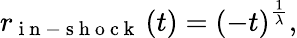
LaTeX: r_{\mathrm{~i~n~-~s~h~o~c~k~}}\left(t\right)=\left(-t\right)^{\frac{1}{\lambda}},